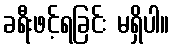
ခရီးဖင့်ရခြင်း မရှိပါ။